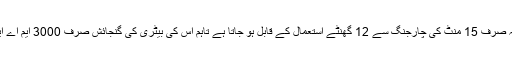
یعنی یہ صرف 15 منٹ کی چارجنگ سے 12 گھنٹے استعمال کے قابل ہو جاتا ہے تاہم اس کی بیٹری کی گنجائش صرف 3000 ایم اے ایچ ہے۔